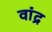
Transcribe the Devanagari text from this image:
वांद्र